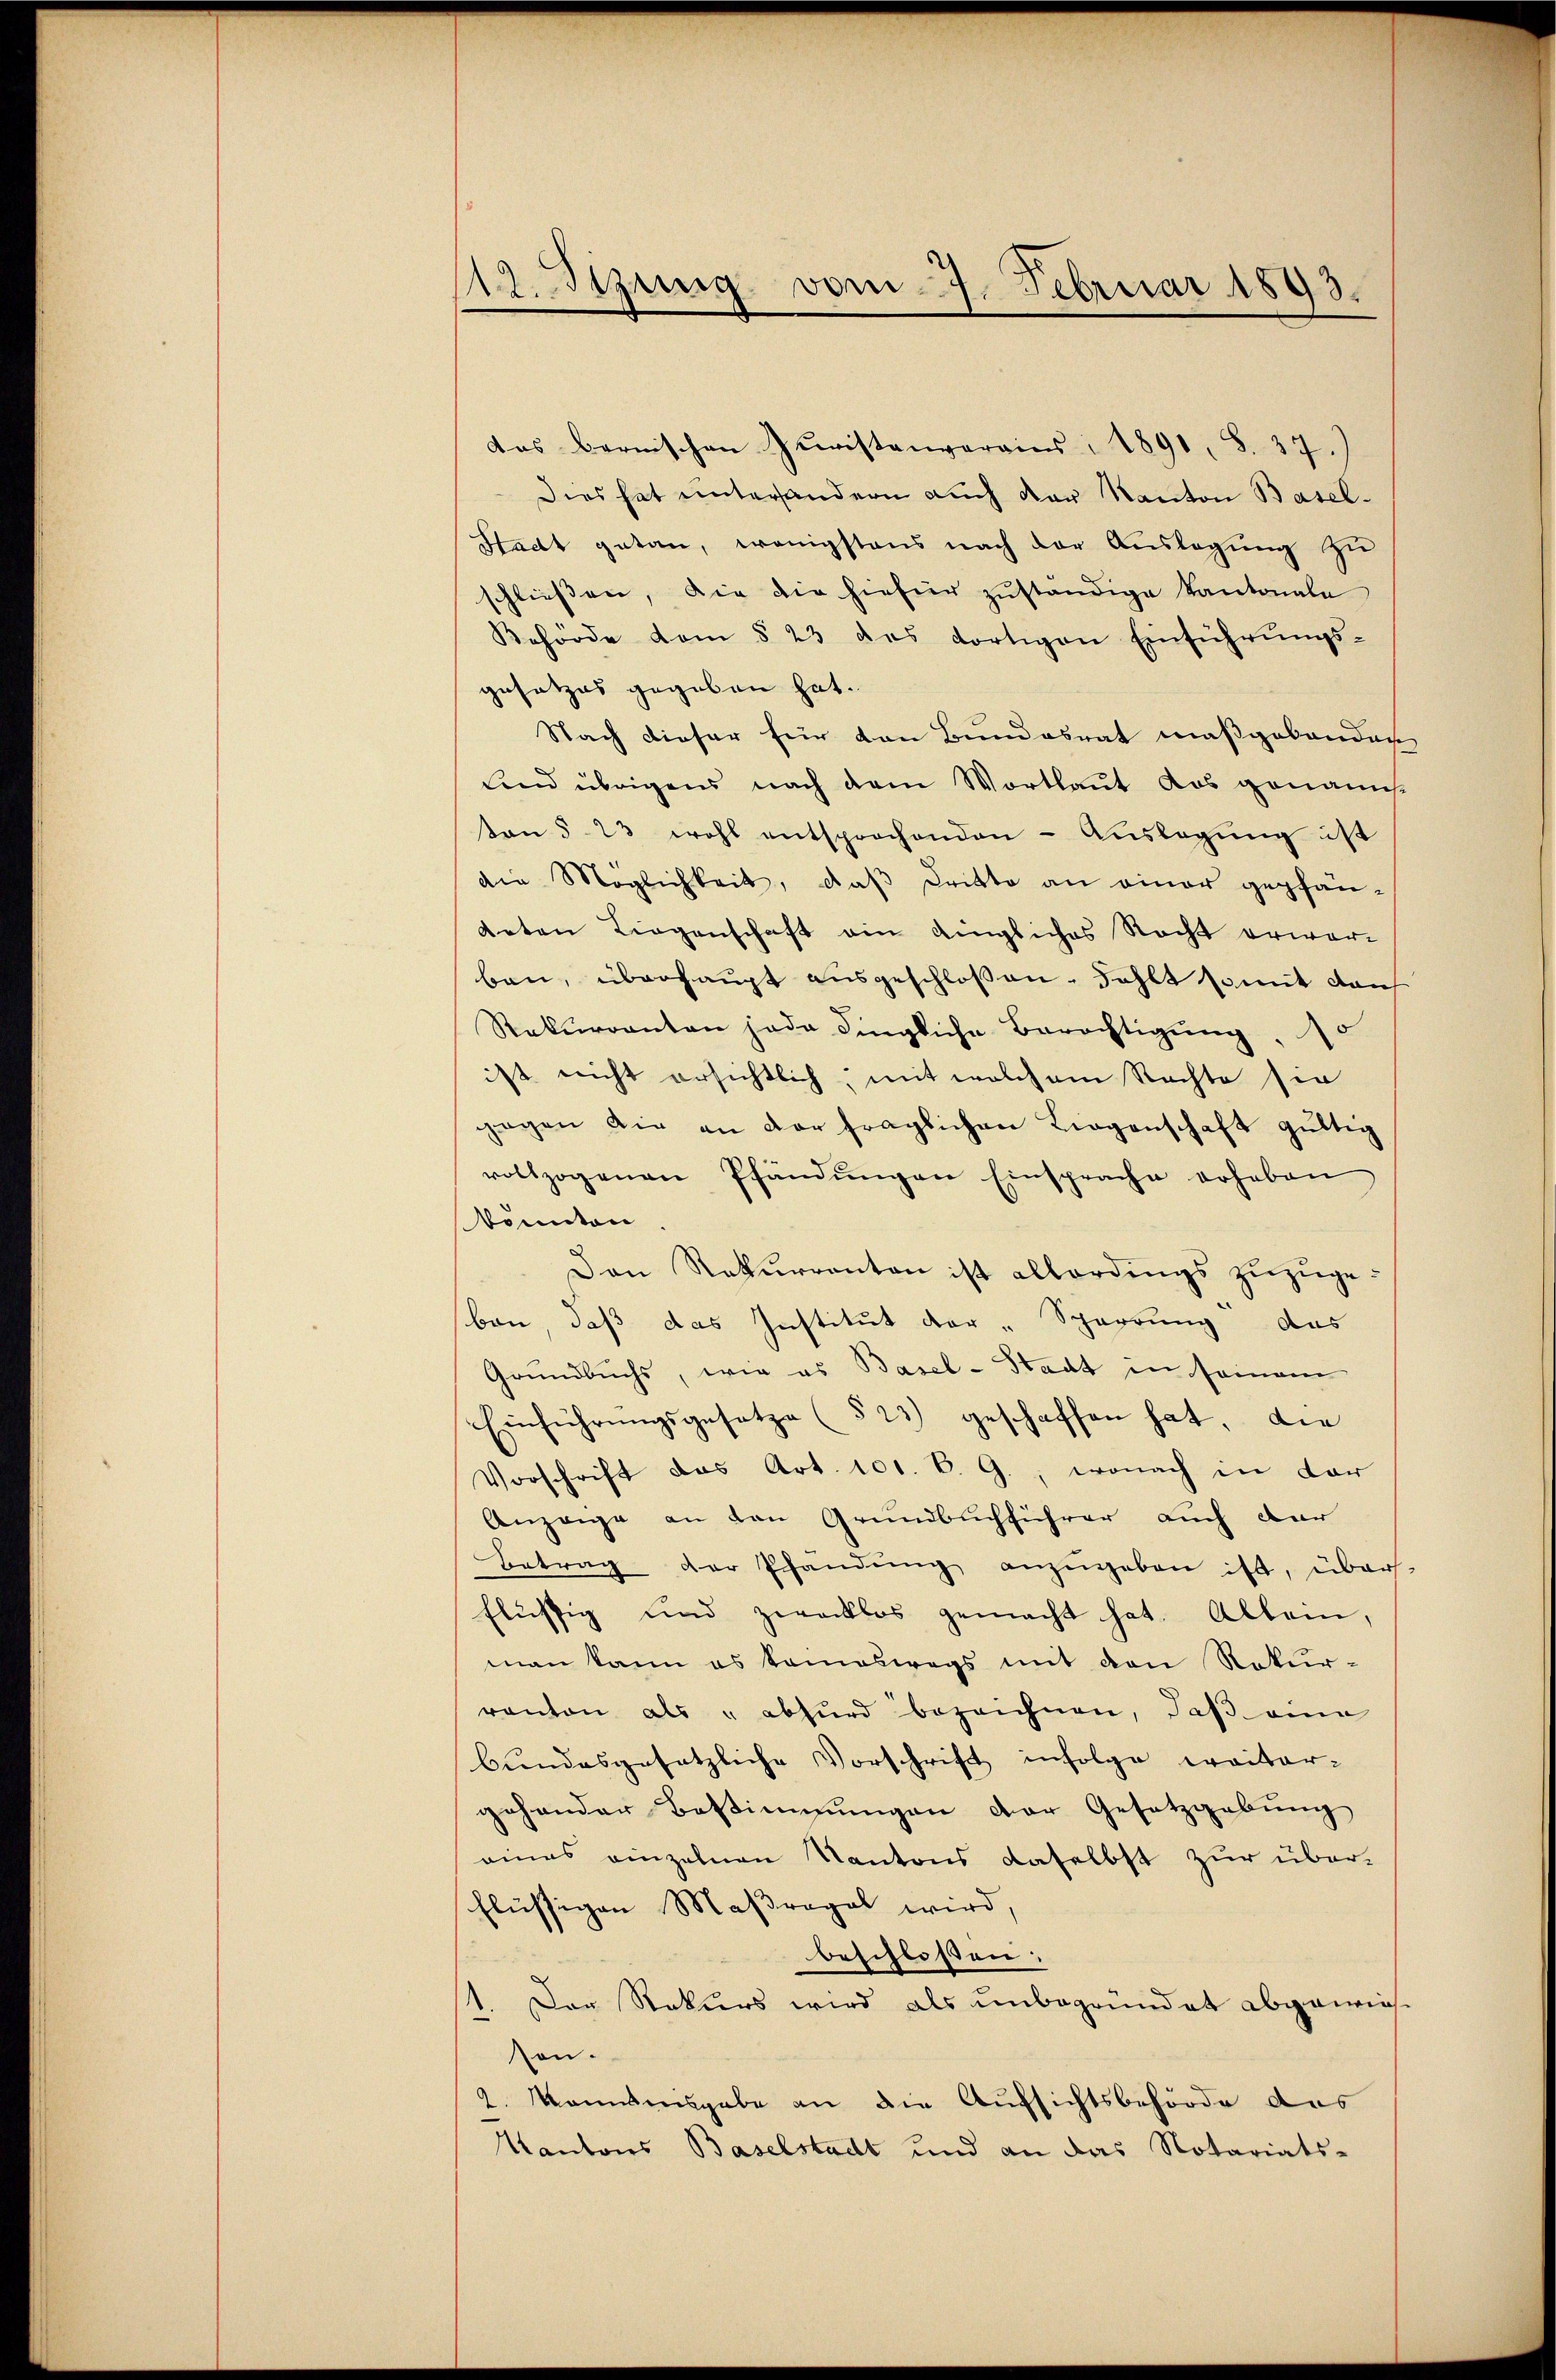
12. Sizung vom 7. Februar 1893.

das bernischen Zuristenverains, 1891, S. 37.)
Dies hat untersandern auch der Kanton Basel¬
Stadt getan, wenigstens nach der Auslegung zu
schließen, die die hiefür zuständige Kantonale
Behörde dem § 23 des dortigen Einführungs-
Zusatzes gegeben hat.
Nach dieser für den Bundesrat maßgebenden
Land übrigens nach dem Wortlaut das genannton § 23 wohl entsprochenden - Auslegung ist
die Möglichkeit, daß Dritte an einer gepfän-
Arten Liegenschaft ein dingliches Recht erwarbau, überhaupt ausgeschloßen, Fehlt somit dans
Rekurrenten jede dingliche Berechtigung, 10
ist nicht ersichtlich, mit welchem Rechte sie
gegen die an der fraglichen Liegenschaft gültig
vollzogenen Pfändŭngen Einsprache erheben
konnten
Den Rekurrenten ist allerdings zuzugeben, daß das Institut der „Sperrung das
Grundbuchs, wie es Basel-Stadt in seinem
Einführŭngsgesetze (§ 23) geschaffen hat. Die
Vorschrift das Art. 101. B. G., wonach in dar
Anzeige an den Grundbuchführer auch dar
Betrag der Pfandung anzŭgeben ist, über-
flüssig und zwecklos gemacht hat. Allein,
man kann es komeswegs mit den Rekurranton als "abhurd bezeichnen, daß eine
bundesgesetzliche Vorschrift infolge weitar-
gehender Bestimmungen der Gesetzgebung
eines einzelnen Kantons daselbst zur überflüssigen Maßregel wird,
beschlossen:
1. Der Rekurs wird als unbegründet abgewiesson.
kanntensgabe an die Aufsichtsbehörde des
Kantons Baselstadt und an das Notariats-